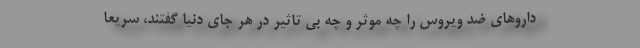
داروهای ضد ویروس را چه موثر و چه بی تاثیر در هر جای دنیا گفتند، سریعا